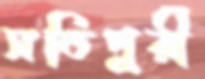
সতিপুরী